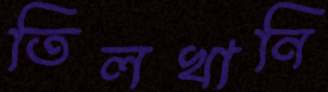
তিলখানি